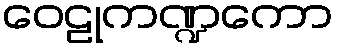
ဝေဠုကဏ္ဍကော